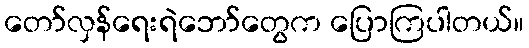
တော်လှန်ရေးရဲဘော်တွေက ပြောကြပါတယ်။